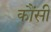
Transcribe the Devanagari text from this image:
कौंसी